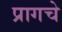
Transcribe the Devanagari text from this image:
प्रागचे